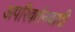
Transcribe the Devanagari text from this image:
अपरिवर्तनवादी